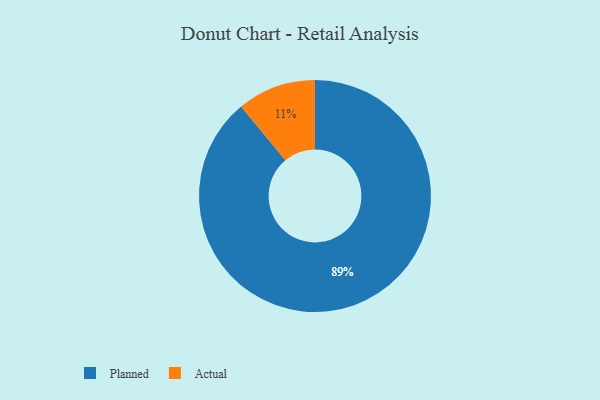
{"axis": {"x": "Category", "y": "Percentage"}, "legend": ["Actual", "Planned"], "data": [{"x": "Planned", "y": 89, "type": "Planned"}, {"x": "Actual", "y": 11, "type": "Actual"}]}